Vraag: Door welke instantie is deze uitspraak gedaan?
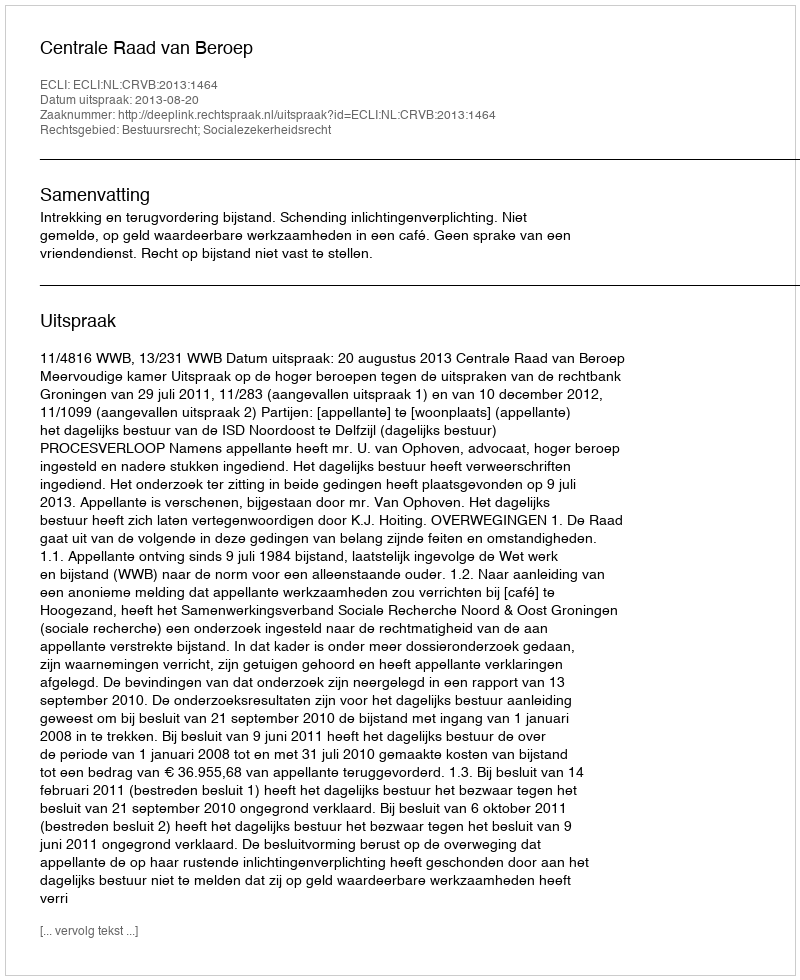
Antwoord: Centrale Raad van Beroep